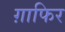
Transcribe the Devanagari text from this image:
ग़ाफिर